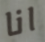
انا